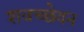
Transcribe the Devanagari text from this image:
शवच्छेदन